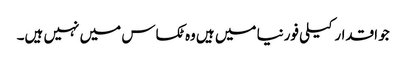
جو اقدار کیلی فورنیا میں ہیں وه ٹکساس میں نہیں ہیں۔